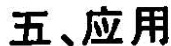
五、应用